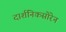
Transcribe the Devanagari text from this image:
दार्शनिकसोरेन